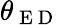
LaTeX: \theta_{\mathrm{~E~D~}}